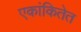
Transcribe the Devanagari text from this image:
एकांकितेत